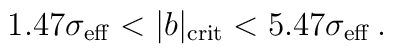
1.47 \sigma_{\rm eff} < \vert b \vert_{\rm crit} < 5.47 \sigma_{\rm eff} \,.